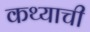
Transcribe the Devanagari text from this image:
कथ्याची